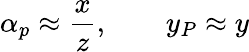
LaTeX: \alpha_{p}\approx\frac{x}{z},\qquad y_{P}\approx y